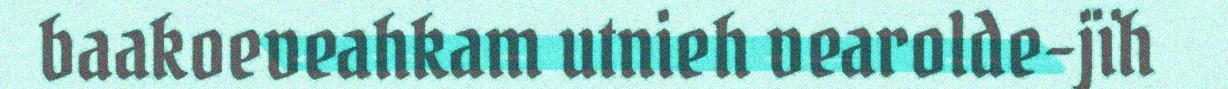
baakoeveahkam utnieh vearolde-jïh